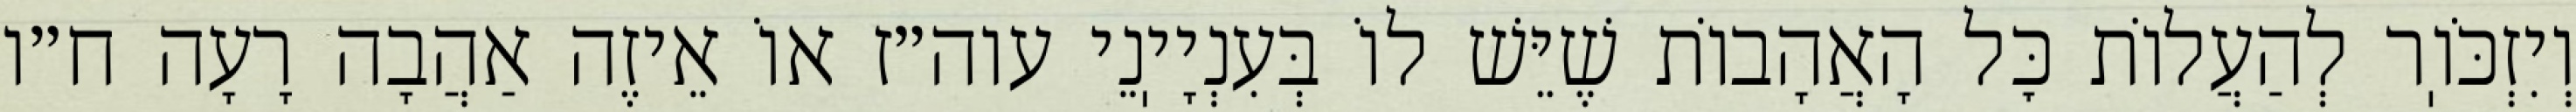
וְיִזְכֹּוֽר לְהַעֲלוֹת כׇּל הָאֲהָבוֹת שֶׁיֵּשׁ לוֹ בְּעִנְיָיֽנֵי עוה״ז אוֹ אֵיזֶה אַהֲבָה רָעָה ח״ו